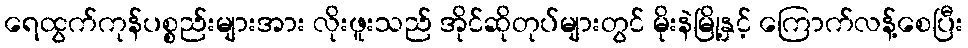
ရေထွက်ကုန်ပစ္စည်းများအား လိုးဖူးသည် အိုင်ဆိုတုပ်များတွင် မိုးနဲမြို့နှင့် ကြောက်လန့်စေပြီး